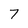
Character: 7